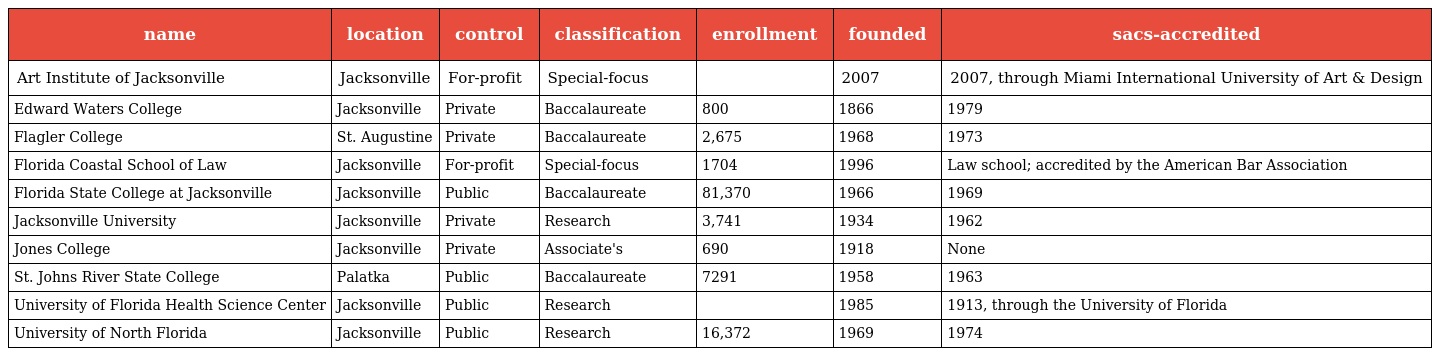
| name | location | control | classification | enrollment | founded | sacs-accredited |
 | --- | --- | --- | --- | --- | --- | --- |
 | Art Institute of Jacksonville | Jacksonville | For-profit | Special-focus |  | 2007 | 2007, through Miami International University of Art & Design |
 | Edward Waters College | Jacksonville | Private | Baccalaureate | 800 | 1866 | 1979 |
 | Flagler College | St. Augustine | Private | Baccalaureate | 2,675 | 1968 | 1973 |
 | Florida Coastal School of Law | Jacksonville | For-profit | Special-focus | 1704 | 1996 | Law school; accredited by the American Bar Association |
 | Florida State College at Jacksonville | Jacksonville | Public | Baccalaureate | 81,370 | 1966 | 1969 |
 | Jacksonville University | Jacksonville | Private | Research | 3,741 | 1934 | 1962 |
 | Jones College | Jacksonville | Private | Associate's | 690 | 1918 | None |
 | St. Johns River State College | Palatka | Public | Baccalaureate | 7291 | 1958 | 1963 |
 | University of Florida Health Science Center | Jacksonville | Public | Research |  | 1985 | 1913, through the University of Florida |
 | University of North Florida | Jacksonville | Public | Research | 16,372 | 1969 | 1974 |